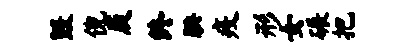
毁倪庾终腆疫形女碾把